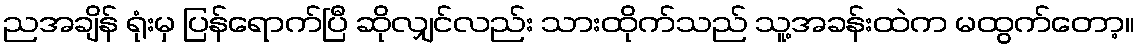
ညအချိန် ရုံးမှ ပြန်ရောက်ပြီ ဆိုလျှင်လည်း သားထိုက်သည် သူ့အခန်းထဲက မထွက်တော့။